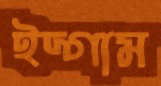
ইদ্গাম